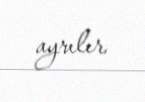
ayrılır.